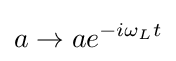
a\rightarrow ae^{-i\omega _{L}t}